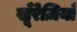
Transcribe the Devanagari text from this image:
खू़ँरेज़ियाँ